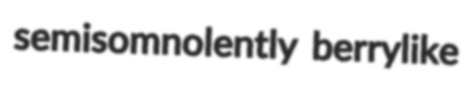
semisomnolently berrylike